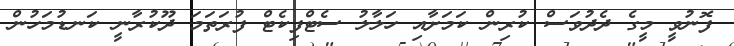
ފޮނުވީ މީގެ ދެދުވަސް ކުރިން ކަމަށާއި ހަލާލު ސެޓްފިކެޓް ފުރަތަމަ ދޫކުރާނީ ކަނޑުމަހުން